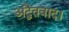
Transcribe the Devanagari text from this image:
अद्वैतवाद।